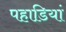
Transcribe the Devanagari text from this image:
पहाडि़यां